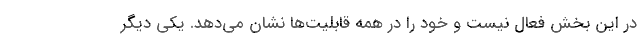
در این بخش فعال نیست و خود را در همه قابلیت‌ها نشان می‌دهد. یکی دیگر